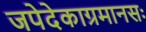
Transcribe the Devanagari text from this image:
जपेदेकाग्रमानसः